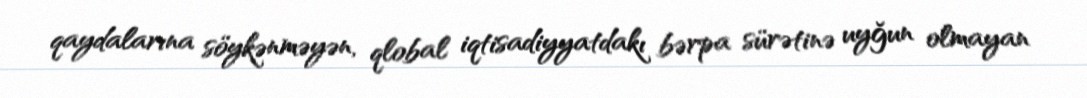
qaydalarına söykənməyən, qlobal iqtisadiyyatdakı bərpa sürətinə uyğun olmayan